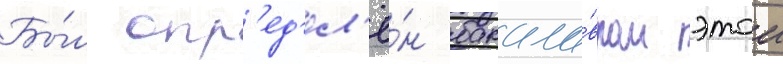
Бы́л опр'ед'ел'ё́н бакала́вром этои